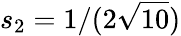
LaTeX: s_{2}=1/(2\sqrt{10})